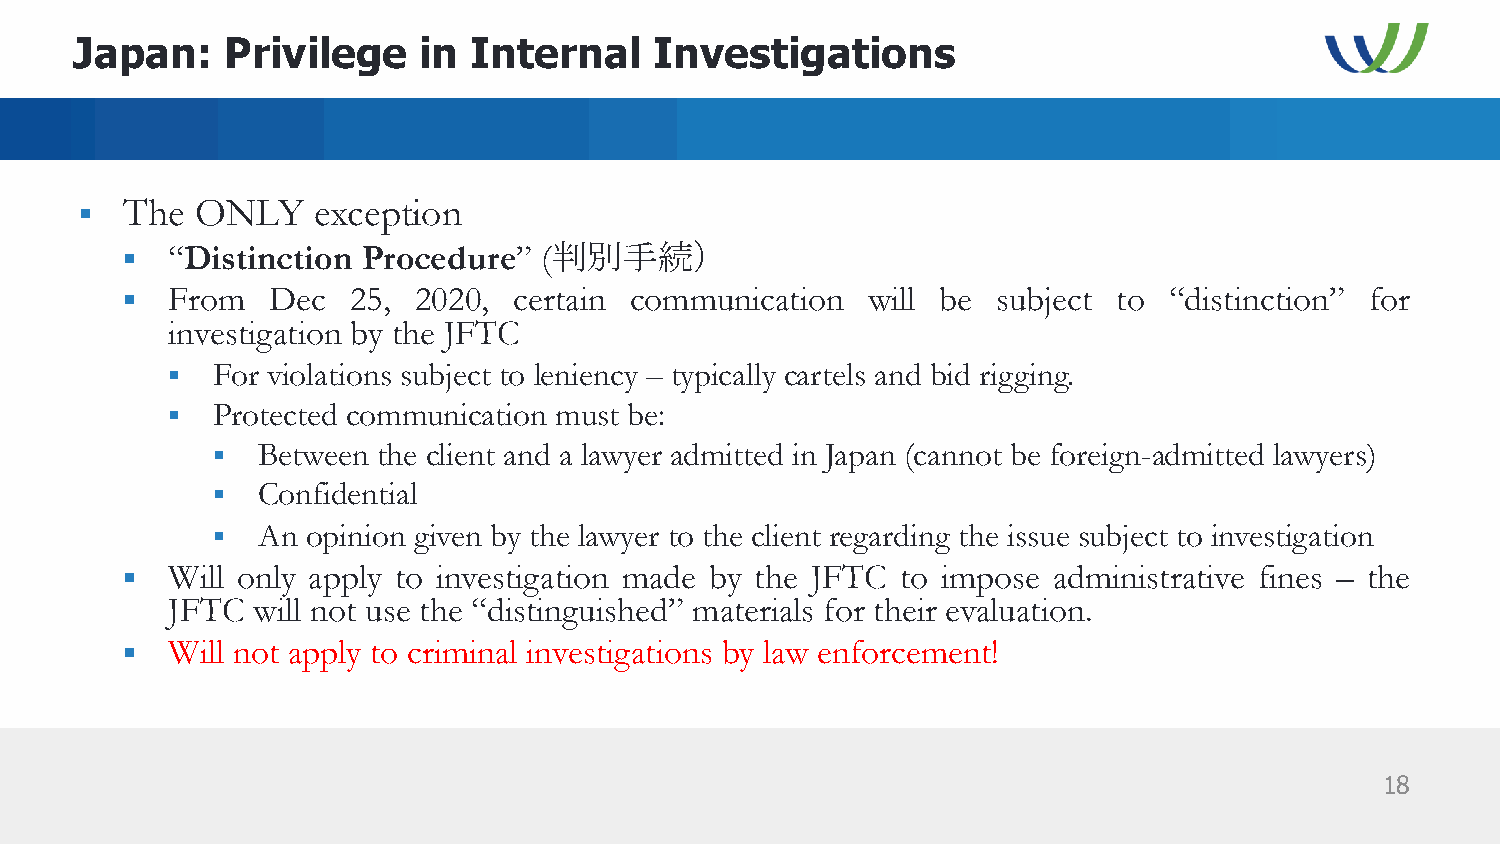
Japan:    Privilege    in Internal    Investigations
 §  The  ONLY    exception
 §  “Distinction Procedure”  (判別手続）
 §  From   Dec  25, 2020,  certain communication  will be  subject to “distinction” for
 investigation by the JFTC
 §  For violations subject to leniency – typically cartels and bid rigging.
 §  Protected communication must be:
 §  Between the client and a lawyer admitted in Japan (cannot be foreign-admitted lawyers)
 §  Confidential
 §  An opinion given by the lawyer to the client regarding the issue subject to investigation
 §  Will only apply to investigation made by the JFTC to impose administrative fines – the
 JFTC  will not use the “distinguished” materials for their evaluation.
 §  Will not apply to criminal investigations by law enforcement!
 18